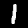
Digit: 1